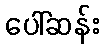
ပေါ်ဆန်း